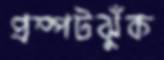
প্রম্পটঝুঁক